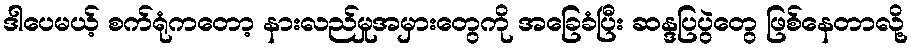
ဒါပေမယ့် စက်ရုံကတော့ နားလည်မှုအမှားတွေကို အခြေခံပြီး ဆန္ဒပြပွဲတွေ ဖြစ်နေတာလို့